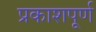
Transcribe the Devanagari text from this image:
प्रकाशपूर्ण